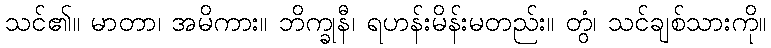
သင်၏။ မာတာ၊ အမိကား။ ဘိက္ခုနီ၊ ရဟန်းမိန်းမတည်း။ တွံ၊ သင်ချစ်သားကို။